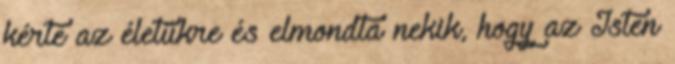
kérte az életükre és elmondta nekik, hogy az Isten